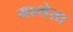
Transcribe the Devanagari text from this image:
मान्डेला